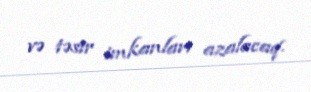
və təsir imkanları azalacaq.